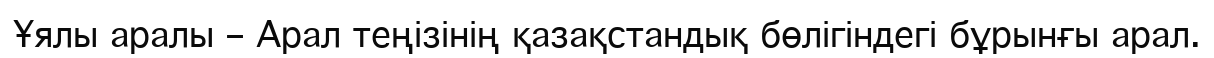
Ұялы аралы – Арал теңізінің қазақстандық бөлігіндегі бұрынғы арал.